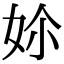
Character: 㚷